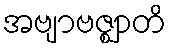
အဗျာဗဇ္ဈာတိ